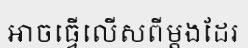
អាចធ្វើលើសពីម្តងដែរ